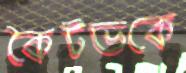
কৈটভকে